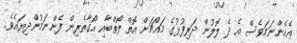
އެހެންނަމަވެސް އެ ދެ ލޮލުން ދަރިފުޅުގެ މައްޗަށް އޮތް ލޯތްބާއި އޯގާތެރިން ފެންނަމުންދިޔައެވެ.